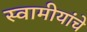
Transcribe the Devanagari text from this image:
स्वामीयांचे